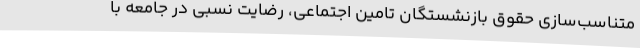
متناسب‌سازی حقوق بازنشستگان تامین اجتماعی، رضایت نسبی در جامعه با